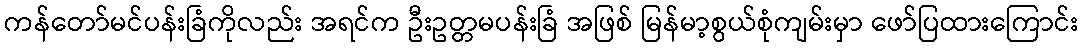
ကန်တော်မင်ပန်းခြံကိုလည်း အရင်က ဦးဥတ္တမပန်းခြံ အဖြစ် မြန်မာ့စွယ်စုံကျမ်းမှာ ဖော်ပြထားကြောင်း